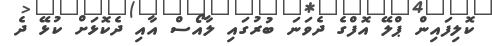
ކޮލިފައިން ޕްލޭ އޮފްގެ ދެވަނަ ބުރުގައި ލާއޯސް އާއި ދެކޮޅަށް ކުޅޭ ދެ